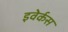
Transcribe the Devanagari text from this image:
इवेर्कस